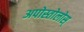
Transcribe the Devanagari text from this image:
अपोस्तोलोस्